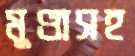
মুণ্ডাসহ